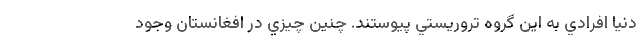
دنيا افرادي به اين گروه تروريستي پيوستند. چنين چيزي در افغانستان وجود